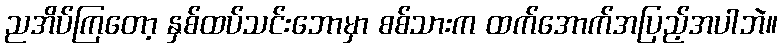
ညအိပ်ကြတော့ နှစ်ထပ်သင်းဘောမှာ စစ်သားက ထက်အောက်အပြည့်အပါဘဲ။